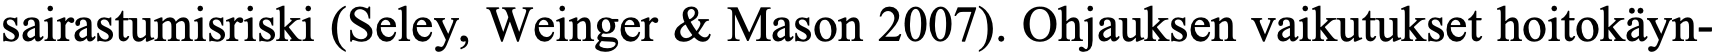
sairastumisriski (Seley, Weinger & Mason 2007). Ohjauksen vaikutukset hoitokäyn-